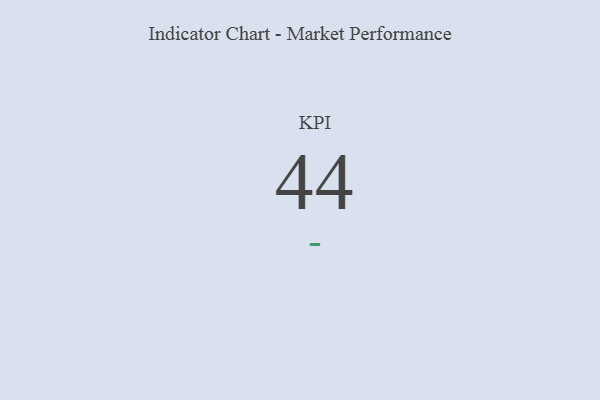
{"axis": {"x": "KPI", "y": "Value"}, "legend": [""], "data": [{"x": "KPI", "y": 44, "type": ""}]}